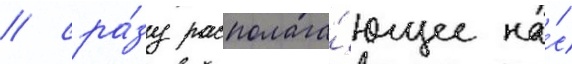
/ сра́зу располага́ющее на́с